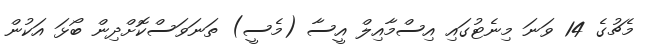
މެޗުގެ 14 ވަނަ މިނެޓުގައި އިސްމާއިލް އީސާ (މެސީ) ތަނަވަސްކޮށްދިން ބޯޅަ އަކުން